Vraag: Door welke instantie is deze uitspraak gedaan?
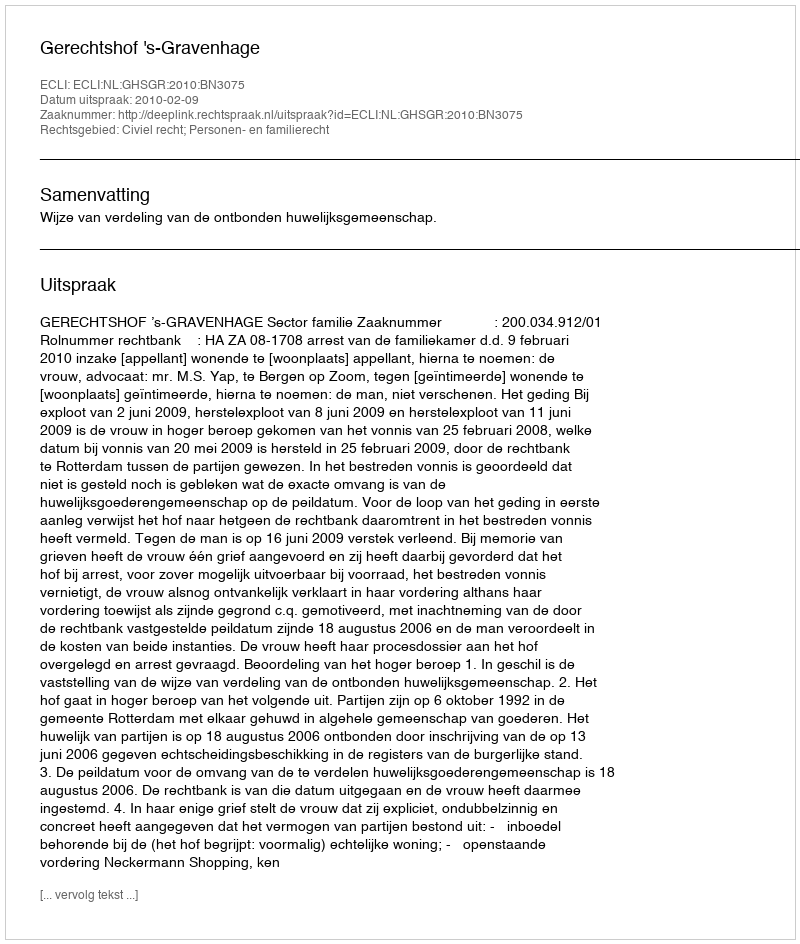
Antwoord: Gerechtshof 's-Gravenhage